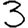
Digit: 3